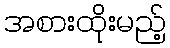
အစားထိုးမည့်